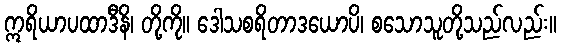
ဣရိယာပထာဒီနိ၊ တို့ကို။ ဒေါသစရိတာဒယောပိ၊ စသောသူတို့သည်လည်း။